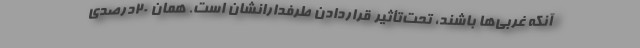
آنکه غربی‌ها باشند، تحت‌تأثیر قراردادن طرفدارانشان است. همان 20درصدی